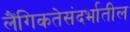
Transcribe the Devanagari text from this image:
लैंगिकतेसंदर्भातील